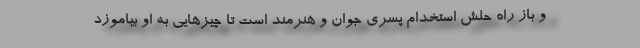
و باز راه حلش استخدام پسری جوان و هنرمند است تا چیزهایی به او بیاموزد